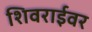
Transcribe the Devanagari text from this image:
शिवराईवर